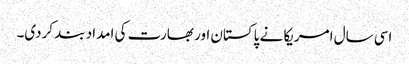
اسی سال امریکا نے پاکستان اور بھارت کی امداد بند کردی۔